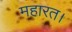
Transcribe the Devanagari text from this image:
महारत।